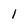
Character: 1